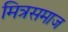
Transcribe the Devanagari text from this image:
मित्रसमाज